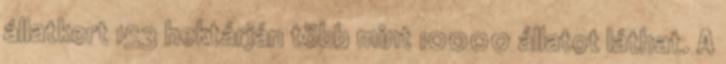
állatkert 153 hektárján több mint 10000 állatot láthat. A